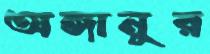
অঙ্গানুর